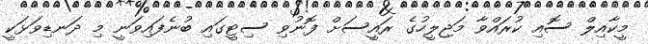
މީކާއިލް ސޮއި ކުރައްވާ މަޖިލީހުގެ ރައީސަށް ފޮނުވި ސިޓީގައި ބުނެފައިވަނީ މި ދަނޑިވަޅަކީ